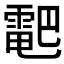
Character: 𱁠